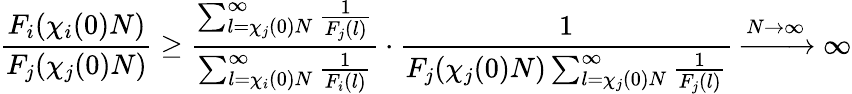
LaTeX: \frac{F_{i}(\chi_{i}(0)N)}{F_{j}(\chi_{j}(0)N)}\ge\frac{\sum_{l=\chi_{j}(0)N}^{\infty}\frac{1}{F_{j}(l)}}{\sum_{l=\chi_{i}(0)N}^{\infty}\frac{1}{F_{i}(l)}}\cdot\frac{1}{F_{j}(\chi_{j}(0)N)\sum_{l=\chi_{j}(0)N}^{\infty}\frac{1}{F_{j}(l)}}\xrightarrow{N\to\infty}\infty